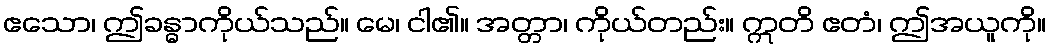
ဧသော၊ ဤခန္ဓာကိုယ်သည်။ မေ၊ ငါ၏။ အတ္တာ၊ ကိုယ်တည်း။ ဣတိ ဧတံ၊ ဤအယူကို။